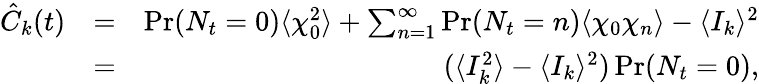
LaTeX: \begin{array}{rlr}{\hat{C}_{k}(t)}&{=}&{\operatorname*{Pr}(N_{t}=0)\langle\chi_{0}^{2}\rangle+\sum_{n=1}^{\infty}\operatorname*{Pr}(N_{t}=n)\langle\chi_{0}\chi_{n}\rangle-\langle I_{k}\rangle^{2}}\\ &{=}&{(\langle I_{k}^{2}\rangle-\langle I_{k}\rangle^{2})\operatorname*{Pr}(N_{t}=0),}\end{array}